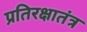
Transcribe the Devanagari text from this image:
प्रतिरक्षातंत्र